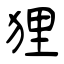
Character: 狸